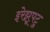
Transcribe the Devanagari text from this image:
इरेझूपटु